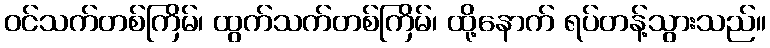
ဝင်သက်တစ်ကြိမ်၊ ထွက်သက်တစ်ကြိမ်၊ ထို့နောက် ရပ်တန့်သွားသည်။